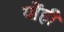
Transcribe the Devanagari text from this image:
योंही